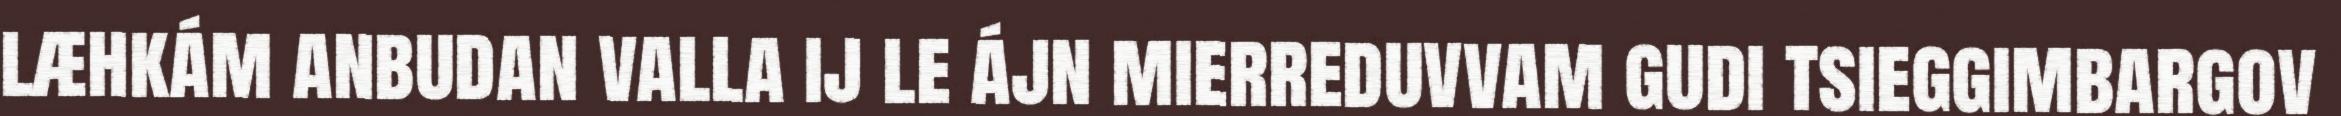
læhkám anbudan valla ij le ájn mierreduvvam gudi tsieggimbargov